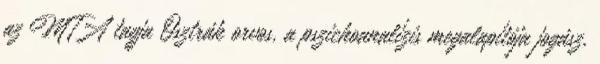
az MTA tagja Osztrák orvos, a pszichoanalízis megalapítója jogász,